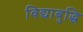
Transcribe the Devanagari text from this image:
विद्याबुद्धि